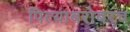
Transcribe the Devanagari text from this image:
पित्याबरोबरच